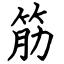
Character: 筋